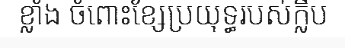
ខ្លាំង ចំពោះខ្សែប្រយុទ្ធរបស់ក្លឹប